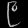
Digit: ၉